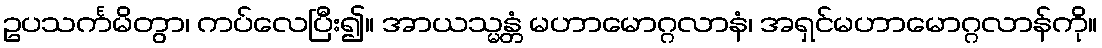
ဥပသင်္ကမိတွာ၊ ကပ်လေပြီး၍။ အာယသ္မန္တံ မဟာမောဂ္ဂလာနံ၊ အရှင်မဟာမောဂ္ဂလာန်ကို။